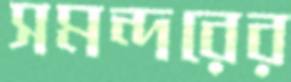
সমন্দরের